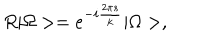
R | \Omega > = e ^ { - i \frac { 2 \pi s } { k } } | \Omega > ,